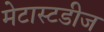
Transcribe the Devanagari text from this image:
मेटास्टडीज